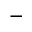
-